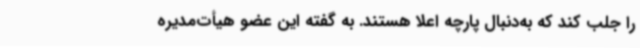
را جلب کند که به‌دنبال پارچه اعلا هستند. به گفته این عضو هیأت‌مدیره